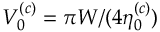
V _ { 0 } ^ { ( c ) } = \pi W / ( 4 \eta _ { 0 } ^ { ( c ) } )